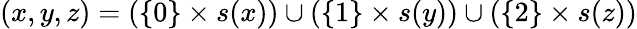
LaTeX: (x,y,z)=(\{ 0\} \times s(x))\cup(\{ 1\} \times s(y))\cup(\{ 2\} \times s(z))